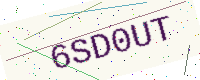
Text: 6SD0UT